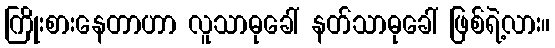
ကြိုးစားနေတာဟာ လူသာဓုခေါ် နတ်သာဓုခေါ် ဖြစ်ရဲ့လား။